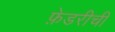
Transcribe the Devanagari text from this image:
फ़ेडरीची